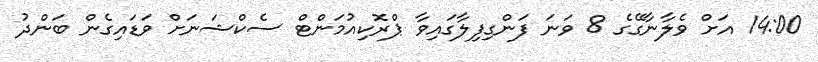
14:00 އަށް ވެލާނާގޭގެ 8 ވަނަ ފަންގިފިލާގައިވާ ޕްރޮކިއުމަންޓް ސެކްޝަނަށް ވަޑައިގެން ބަންދު